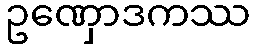
ဥဏှောဒကဿ